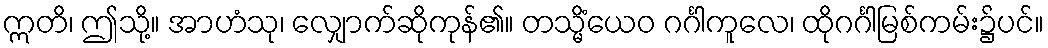
ဣတိ၊ ဤသို့။ အာဟံသု၊ လျှောက်ဆိုကုန်၏။ တသ္မိံယေဝ ဂင်္ဂါကူလေ၊ ထိုဂင်္ဂါမြစ်ကမ်း၌ပင်။